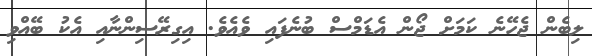
ލިބެން ޖެހޭނެ ކަމަށް ޖޯން އެޑަމްސް ބުނެފައި ވެއެވެ. އިގިރޭސިންނާއި އެކު ބޭއްވި